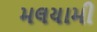
મલયામી